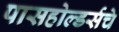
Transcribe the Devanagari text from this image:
पासहोल्डर्सचे